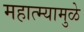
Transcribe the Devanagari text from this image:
महात्म्यामुळे